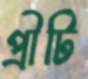
প্রীটি